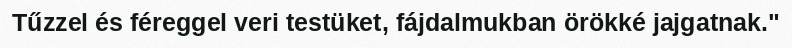
Tűzzel és féreggel veri testüket, fájdalmukban örökké jajgatnak."